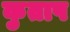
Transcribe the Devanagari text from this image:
कुताप